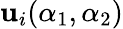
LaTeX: \mathbf{u}_{i}(\alpha_{1},\alpha_{2})